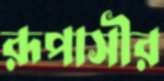
রূপাসীর